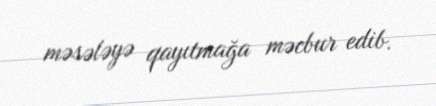
məsələyə qayıtmağa məcbur edib.